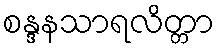
စန္ဒနသာရလိတ္တာ